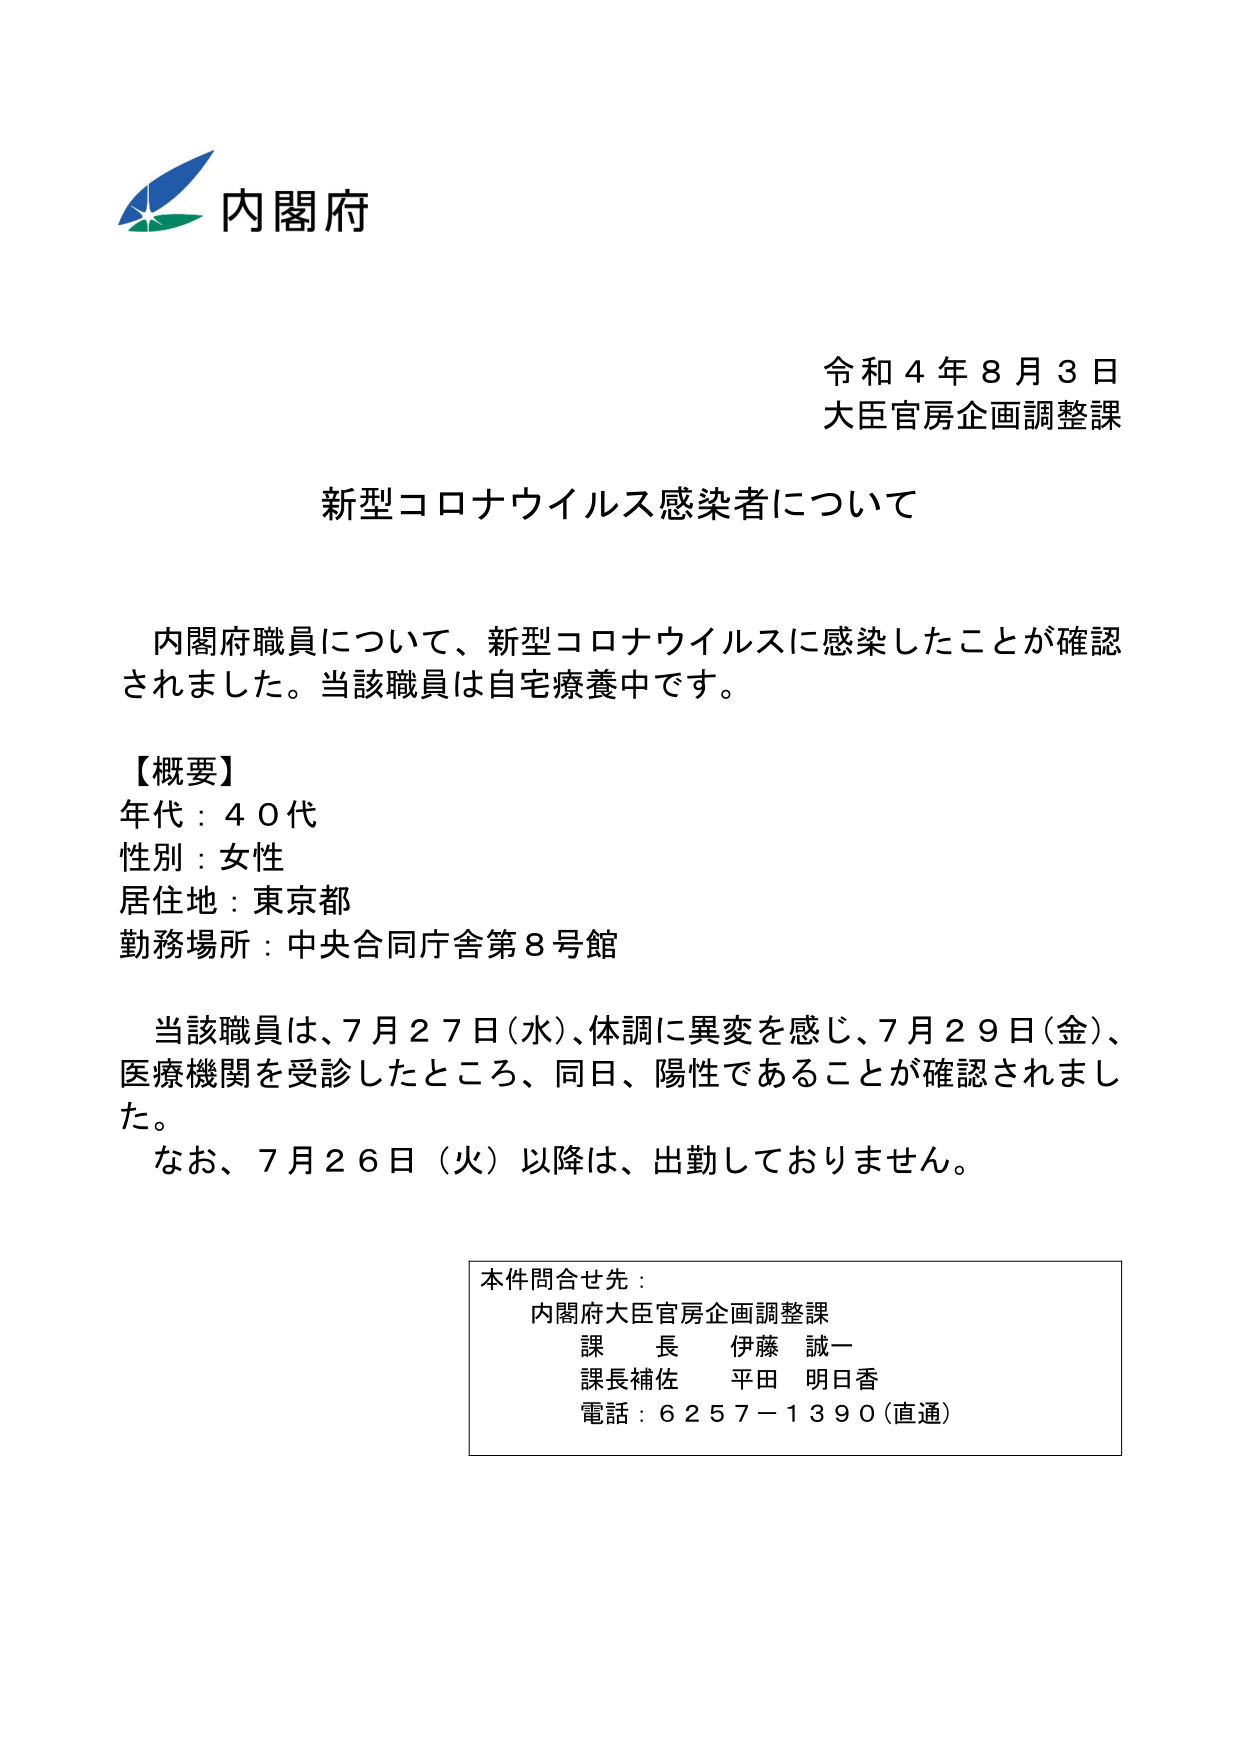
内閣府
令和４年８月３日
大臣官房企画調整課

新型コロナウイルス感染者について

内閣府職員について、新型コロナウイルスに感染したことが確認されました。当該職員は自宅療養中です。

【概要】
年代：４０代
性別：女性
居住地：東京都
勤務場所：中央合同庁舎第８号館

当該職員は、７月２７日（水）、体調に異変を感じ、７月２９日（金）、医療機関を受診したところ、同日、陽性であることが確認されました。
なお、７月２６日（火）以降は、出勤しておりません。

本件問合せ先：
内閣府大臣官房企画調整課
課長 伊藤 誠一
課長補佐 平田 明日香
電話：６２５７－１３９０（直通）